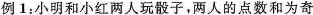
例1：小明和小红两人玩骰子，两人的点数和为奇